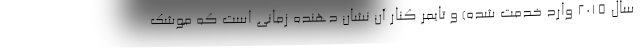
سال ۲۰۱۵ وارد خدمت شده) و تایمر کنار آن نشان دهنده زمانی است که موشک